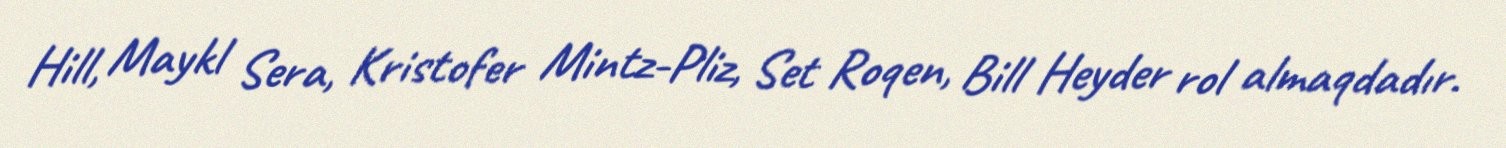
Hill, Maykl Sera, Kristofer Mintz-Pliz, Set Roqen, Bill Heyder rol almaqdadır.